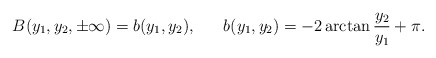
\begin{align*}B(y_{1},y_{2},\pm \infty)=b(y_{1},y_{2}),~~~~~b(y_{1},y_{2})=-2\arctan{\frac{y_{2}}{y_{1}}}+\pi.\end{align*}